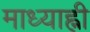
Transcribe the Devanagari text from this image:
माध्याह्नी